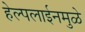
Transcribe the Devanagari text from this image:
हेल्पलाईनमुळे